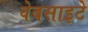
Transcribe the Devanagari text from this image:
वेबसाइटे